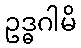
ဥဒ္ဓဂါမိ